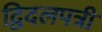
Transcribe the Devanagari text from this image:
द्विदलपत्री